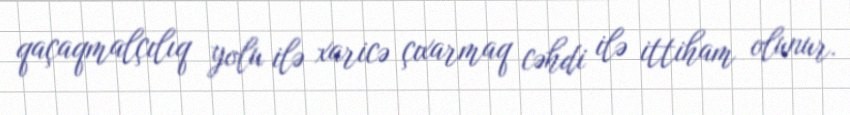
qaçaqmalçılıq yolu ilə xaricə çıxarmaq cəhdi ilə ittiham olunur.